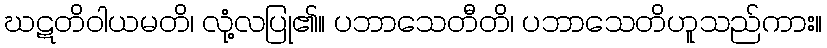
ဃဋတိဝါယမတိ၊ လုံ့လပြု၏။ ပဘာသေတီတိ၊ ပဘာသေတိဟူသည်ကား။